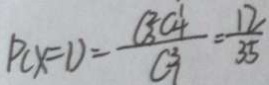
P C X = D = \frac { C _ { 3 } ^ { 2 } C _ { 4 } ^ { 1 } } { C _ { 3 } ^ { 1 } } = \frac { 1 2 } { 3 5 }